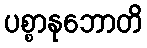
ပစ္စာနုဘောတိ